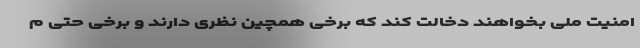
امنیت ملی بخواهند دخالت کند که برخی همچین نظری دارند و برخی حتی م